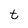
Character: t